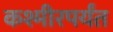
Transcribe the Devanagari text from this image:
कश्मीरपर्यंत